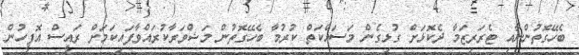
ބެހޭގޮތުންނާއި ޓެރަރިޒަމާ ދެކޮޅަށް ގުޅިގެން މަސައްކަތް ކުރުމާ ބެހޭގޮތުން މަޝްވަރާކުރައްވާފައިކަމަށް ރައީސް އޮފީހުން